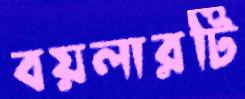
বয়লারটি